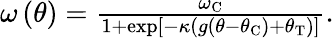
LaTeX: \begin{array}{r}{\omega\left(\theta\right)=\frac{\omega_{\mathrm{C}}}{1+\exp\left[-\kappa\left(g\left(\theta-\theta_{\mathrm{C}}\right)+\theta_{\mathrm{T}}\right)\right]}.}\end{array}